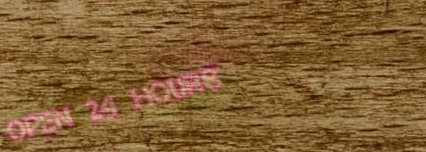
Open 24 Hours